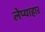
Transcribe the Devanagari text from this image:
लेप्याहार